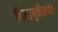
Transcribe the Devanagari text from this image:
निवडणुकीमध्येच